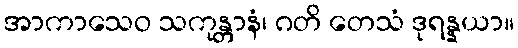
အာကာသေဝ သကုန္တာနံ၊ ဂတိ တေသံ ဒုရန္နယာ။